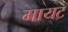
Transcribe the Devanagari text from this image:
मायट